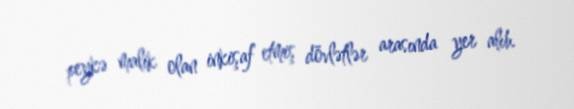
peykə malik olan inkişaf etmiş dövlətlər arasında yer alıb.